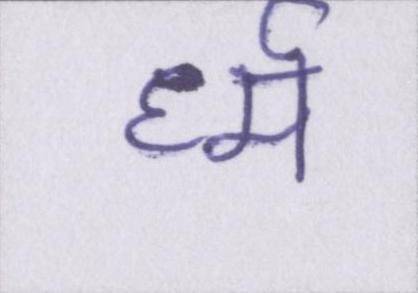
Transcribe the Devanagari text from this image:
र्ध्म